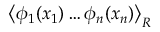
\left\langle \phi _ { 1 } ( x _ { 1 } ) \ldots \phi _ { n } ( x _ { n } ) \right\rangle _ { R }